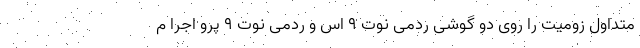
متداول زومیت را روی دو گوشی ردمی نوت ۹ اس و ردمی نوت ۹ پرو اجرا م